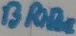
Text: BRIDGE